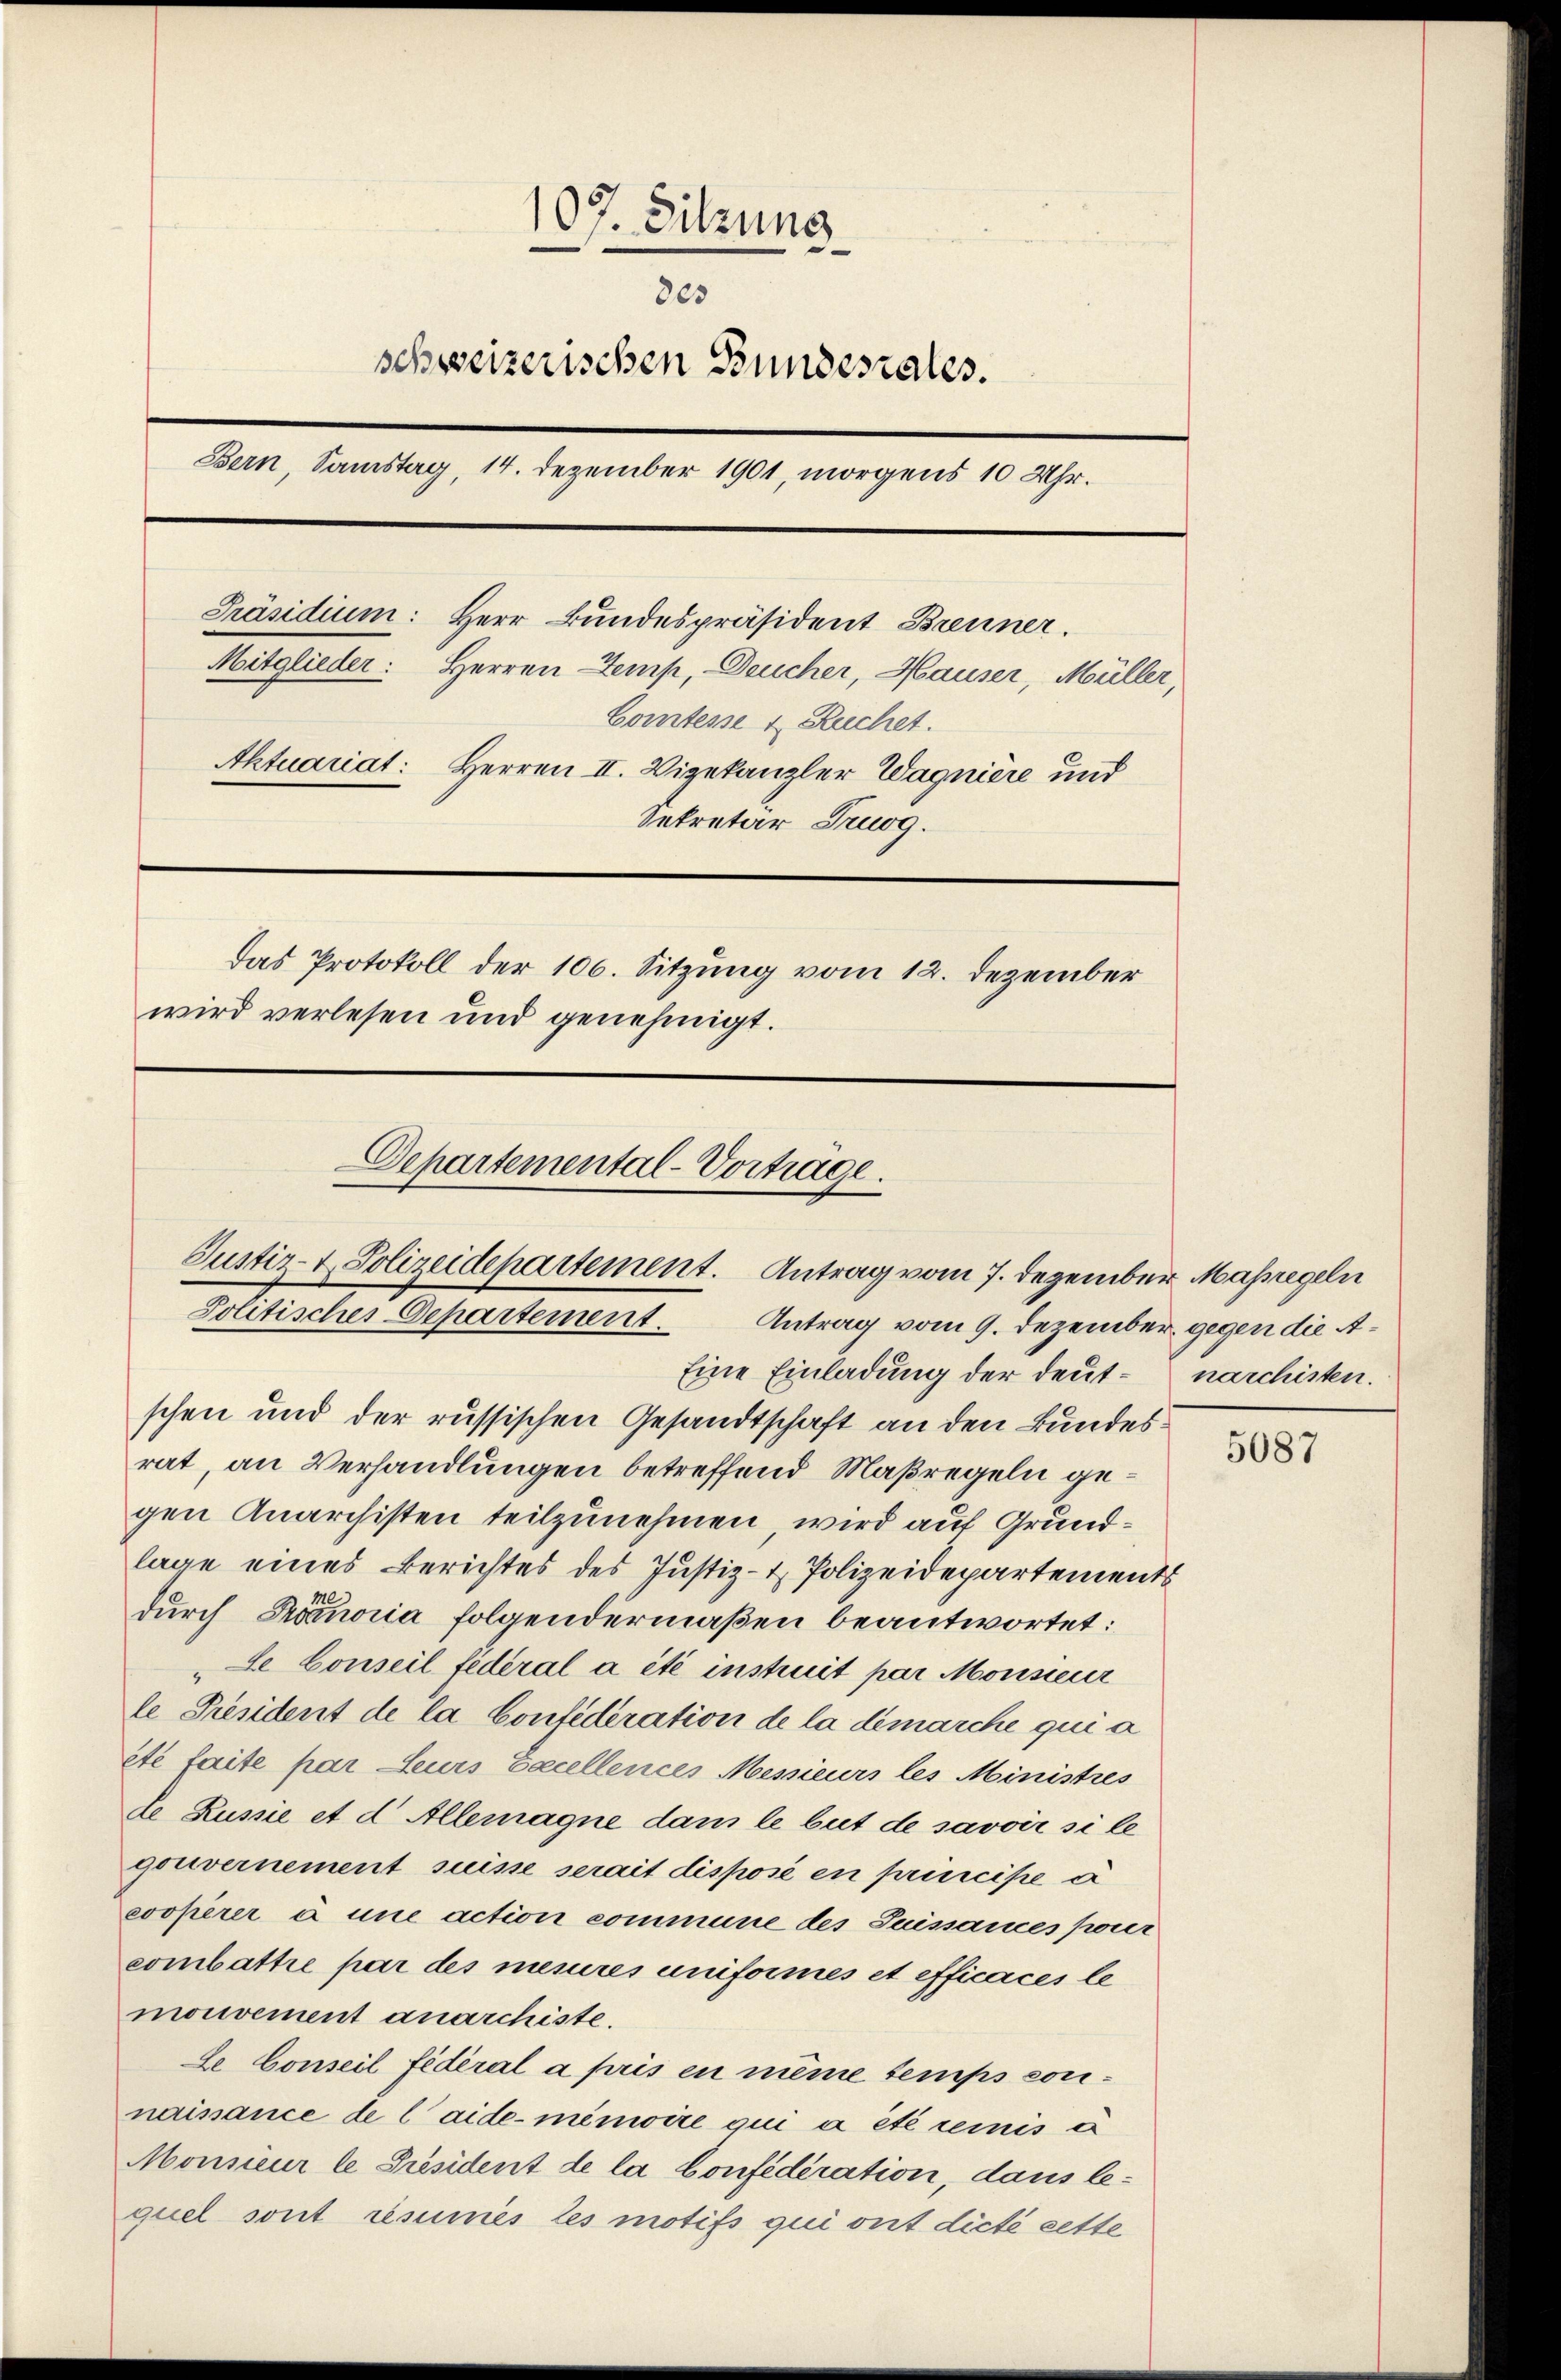
107. Sitzung
803
schweizerischen Bundesrates.
Bern, Samstag, 14. Dezember 1901, morgens 10 Uhr.
Präsidium: Herr Bundespräsident Brenner.
Mitglieder: Herren Temp, Deucher, Hauser, Müller,
Comtesse u. Ruchet.
Aktuariat: Herren II. Wigekanzler Wagniere und
Sekretär Truog.
Das Protokoll der 106. Sitzung vom 12. Dezember
wird verlesen und genehmigt.
Departemental-Vortrage.

Justiz- & Polizeidepartement. Antrag vom 7. Dezember Maßregeln
Politisches Departement. Antrag vom 9. Dezember gegen die A.
Eine Einladung der deut¬

schen und der russischen Gesandtschaft an den Bundesrat, an Verhandlungen betreffend Maßregeln gegen Anarchisten teilzunehmen, wird auf Grundlage eines Berichtes des Justiz- & Polizeidepartements
durch Promoria folgendermaßen beantwortet:
Le Conseil fideral a été instruit par Monsieur
le Président de la Confederation de la démarche qui a
eté faite par Leurs Excellences Messieurs les Ministres
te Russie et d. Allemagne dan le but de savoir si le
gouvernement suisse serait disposé en principe a
cooperer à une action commune des Suissances poner
combattre par des mesures uniformés et efficaces le
monvement anarchiste.
Le Conseil fédéral a pris en même temps connaissance de laide-minire qui a été remis es
Monsieur le Präsident de la Confédération, dans lequel sont resumés les motifs qui ont dicté cette

narchisten.

5087